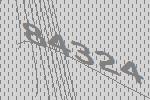
84324